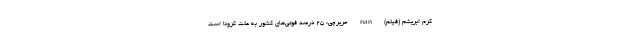
کرم ابریشم (فیلم) nan حریرچی: ۲۵ درصد فوتی‌های کشور به علت کرونا است